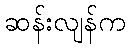
ဆန်းလျန်က